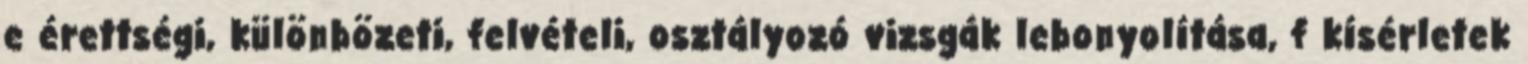
e érettségi, különbözeti, felvételi, osztályozó vizsgák lebonyolítása, f kísérletek